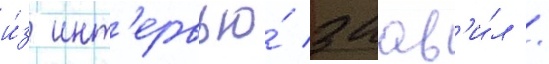
и́з инт'ервью́ заав'и́л /